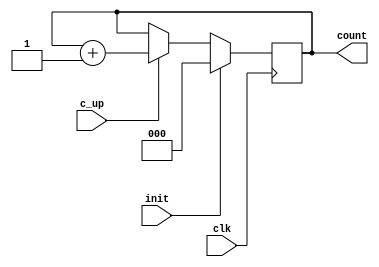
module Counter(input c_up, clk, init, output [2:0] count);
  reg [2:0] num;
  always @(posedge clk) begin
    if (init)
      num <= 3'b000;
    else if (c_up)
      num <= num + 1;
  end
  assign count = num;
endmodule